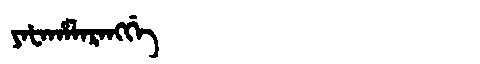
Manchu: ᠶᠠᡶᠠᡥᠠᠯᠠᡵᠠᠩᡤᡝ
Romanization: YAFAHALARANGGE